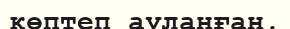
көптеп ауланған.